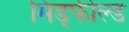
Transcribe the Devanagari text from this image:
मिड्फील्ड